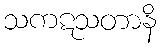
သကဋသတာနိ